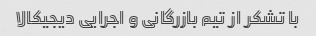
با تشکر از تیم بازرگانی و اجرایی دیجیکالا